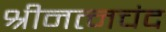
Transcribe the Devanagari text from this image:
श्रीनत्नचंद